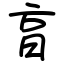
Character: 亯